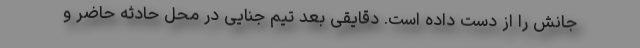
جانش را از دست داده است. دقایقی بعد تیم جنایی در محل حادثه حاضر و